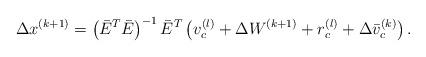
LaTeX: \begin{align*}\Delta x^{(k+1)} = \left( \bar E^T \bar E \right)^{-1}\bar E^T \left( v_c^{(l)} + \Delta W^{(k+1)} +r_c^{(l)} + \Delta \bar v_c^{(k)} \right).\end{align*}